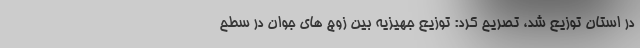
در استان توزیع شد، تصریح کرد: توزیع جهیزیه بین زوج های جوان در سطح